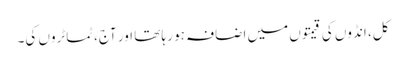
کل، انڈوں کی قیمتوں میں اضافہ ہو رہا تھا اور آج، ٹماٹروں کی۔